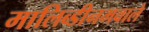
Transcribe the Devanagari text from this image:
मालिब्डीनमवाले